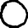
Digit: 0